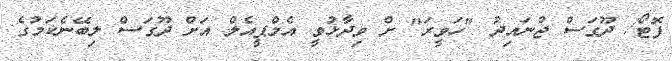
ފޮޓޯ/ ދޫގަސް ޖުނައިދު "ހަވީރަ" ށް ވިދާޅުވީ އެމްޕީއެލް އަށް ދޫގަސް ލިބޭނެކަމުގެ